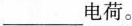
___电荷。